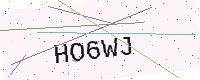
Text: HO6WJ